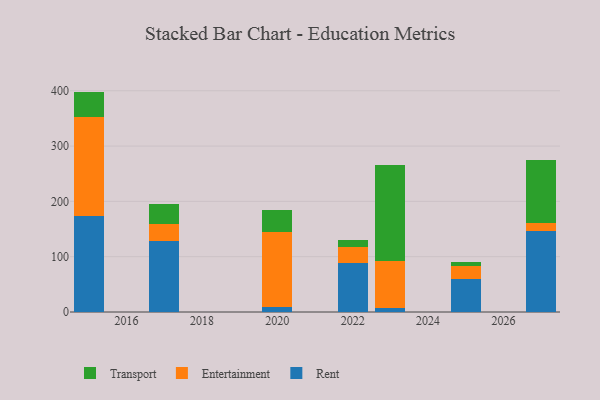
{"axis": {"x": "Year", "y": "Inventory Turnover"}, "legend": ["Entertainment", "Rent", "Transport"], "data": [{"x": "2025", "y": 60.1, "type": "Rent"}, {"x": "2025", "y": 23.8, "type": "Entertainment"}, {"x": "2025", "y": 6.2, "type": "Transport"}, {"x": "2015", "y": 173.9, "type": "Rent"}, {"x": "2015", "y": 178.3, "type": "Entertainment"}, {"x": "2015", "y": 46.3, "type": "Transport"}, {"x": "2027", "y": 146.9, "type": "Rent"}, {"x": "2027", "y": 13.4, "type": "Entertainment"}, {"x": "2027", "y": 114.3, "type": "Transport"}, {"x": "2023", "y": 8.1, "type": "Rent"}, {"x": "2023", "y": 83.6, "type": "Entertainment"}, {"x": "2023", "y": 174.1, "type": "Transport"}, {"x": "2022", "y": 87.8, "type": "Rent"}, {"x": "2022", "y": 29.4, "type": "Entertainment"}, {"x": "2022", "y": 13.7, "type": "Transport"}, {"x": "2020", "y": 9.0, "type": "Rent"}, {"x": "2020", "y": 136.3, "type": "Entertainment"}, {"x": "2020", "y": 38.9, "type": "Transport"}, {"x": "2017", "y": 129.2, "type": "Rent"}, {"x": "2017", "y": 29.6, "type": "Entertainment"}, {"x": "2017", "y": 36.6, "type": "Transport"}]}